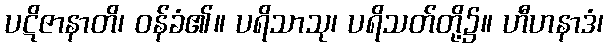
ပဋိဇာနာတိ၊ ဝန်ခံ၏။ ပရိသာသု၊ ပရိသတ်တို့၌။ ဟီဟနာဒံ၊